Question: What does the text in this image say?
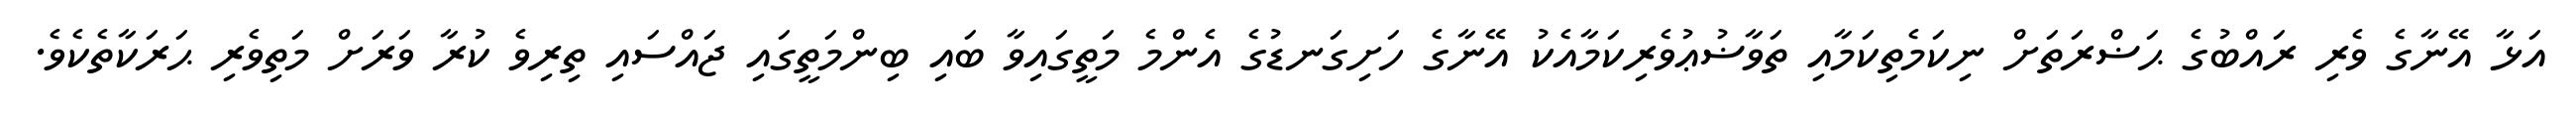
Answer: އަޅާ އޭނާގެ ވެރި ރައްބުގެ ޙަޟްރަތަށް ނިކަމެތިކަމާއި ތަވާޟުޢުވެރިކަމާއެކު އޭނާގެ ހަށިގަނޑުގެ އެންމެ މަތީގައިވާ ބައި ބިންމަތީގައި ޖައްސައި ތިރިވެ ކުރާ ވަރަށް މަތިވެރި ޙަރަކާތެކެވެ.